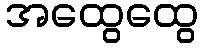
အထွေထွေ